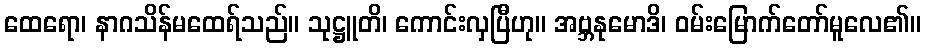
ထေရော၊ နာဂသိန်မထေရ်သည်။ သုဋ္ဌူတိ၊ ကောင်းလှပြီဟု။ အဗ္ဘနုမောဒိ၊ ဝမ်းမြောက်တော်မူလေ၏။